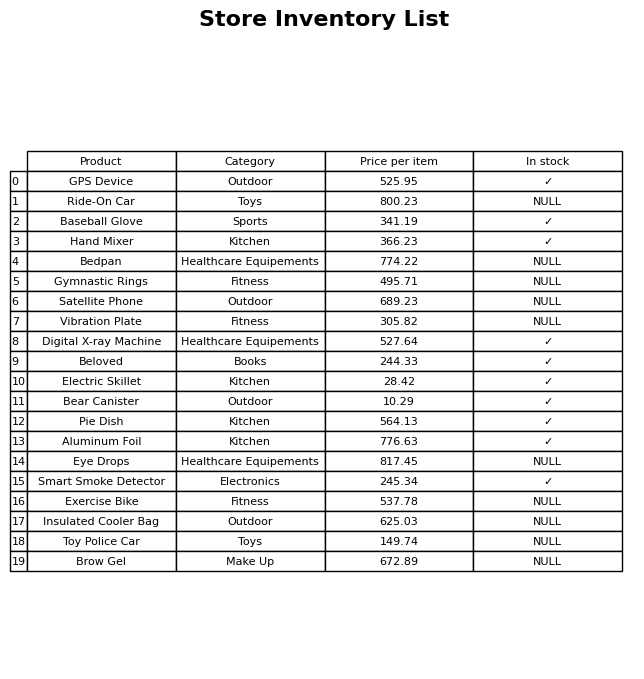
question: What is the price for Gymnastic Rings?
answer: The price of Gymnastic Rings is 495.71.